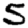
Digit: 5